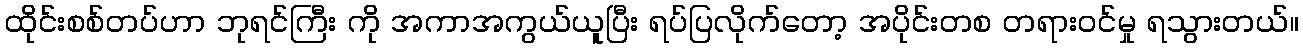
ထိုင်းစစ်တပ်ဟာ ဘုရင်ကြီး ကို အကာအကွယ်ယူပြီး ရပ်ပြလိုက်တော့ အပိုင်းတစ တရားဝင်မှု ရသွားတယ်။